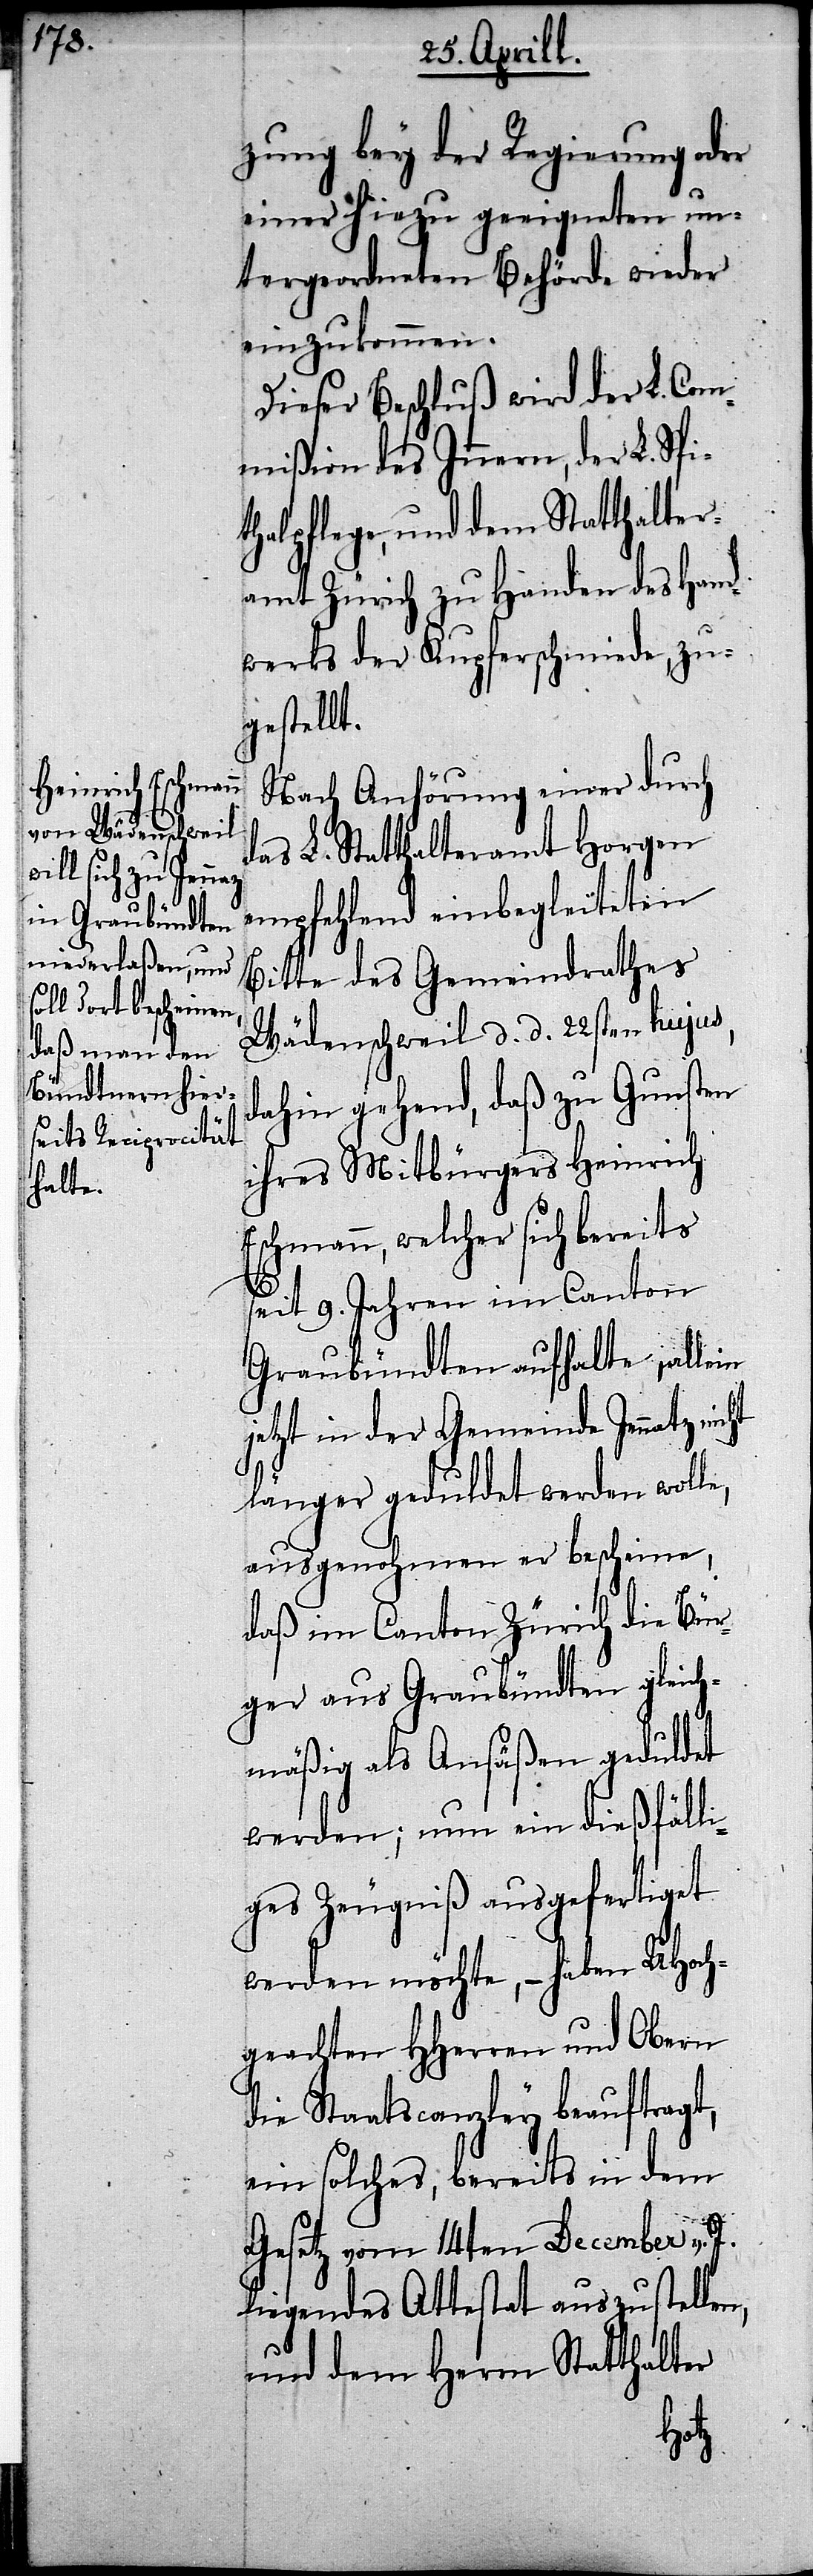
zung bey der Regierung oder
einer hiezu geeigneten un¬
tergeordneten Behörde wieder
einzukommen.
Dieser Beschluß wird der L. Com¬
mißion des Innern, der L. Spi¬
thalpflege, und dem Statthalter¬
amt Zürich zu Handen des Hand¬
werks der Kupferschmiede, zu¬
gestellt.
Nach Anhörung einer durch
das L. Statthalteramt Horgen
empfehlend einbegleiteten
Bitte des Gemeindrathes
Wädenschweil d. d. 22sten hujus,
dahin gehend, daß zu Gunsten
ihres Mitbürgers Heinrich
Eschmann, welcher sich bereits
seit 9. Jahren im Canton
Graubündten aufhalte, allein
jetzt in der Gemeinde Jennatz
länger geduldet werde wolle,
ausgenohmen er bescheine,
daß im Canton Zürich die Bür¬
ger aus Graubündten gleich¬
mäßig als Ansäßen geduldet
werden; nun ein dießfälli¬
ges Zeugniß ausgefertiget
werden möchte,– haben UHoch¬
geachten HHerren und Obern
die Staatscanzley beauftragt,
ein solches, bereits in dem
Gesetz vom 14ten December v.
liegendes Attestat auszustell¬
und dem Herrn Statthalter
ten,